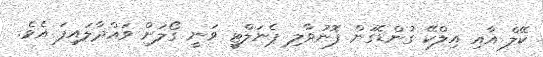
ކޭލް އާއި އިލްކޭ ގުންޑޮގަން ފޮނުވާލި ޕެނަލްޓީ ވަނީ ގޯލަށް ވައްދާލައިފަ އެވެ.